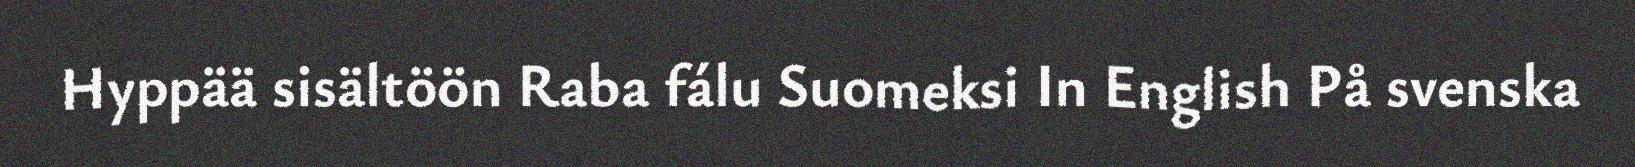
Hyppää sisältöön Raba fálu Suomeksi In English På svenska